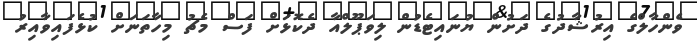
ވެންހާލްގެ އިރުޝާދުގެ ދަށުން ޔުނައިޓެޑުން ލިވަޕޫލްއާ ދެކޮޅަށް ފަސް މެޗު މިހާތަނަށް ކުޅެފައިވާއިރު